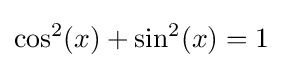
\cos ^{2}(x)+\sin ^{2}(x)=1